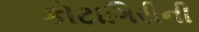
કોટાગિરીની